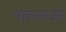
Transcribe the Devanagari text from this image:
पाणमांजरे